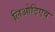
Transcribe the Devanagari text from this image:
लिओटिएव